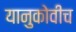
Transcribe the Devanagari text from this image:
यानुकोवीच